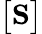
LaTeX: \big[\mathrm{\mathbf{S}}\big]